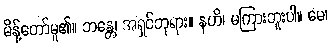
မိန့်တော်မူ၏။ ဘန္တေ၊ အရှင်ဘုရား။ နဟိ၊ မကြားဘူးပါ။ မေ၊